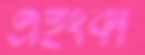
এইংকা